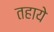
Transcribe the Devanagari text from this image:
तहाये